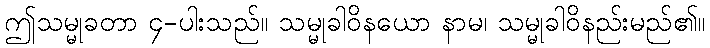
ဤသမ္မုခတာ ၄-ပါးသည်။ သမ္မုခါဝိနယော နာမ၊ သမ္မုခါဝိနည်းမည်၏။